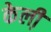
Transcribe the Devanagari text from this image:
केली़